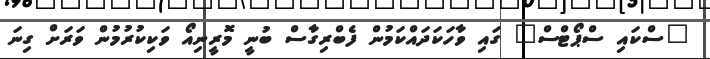
"ސްކައި ސްޕޯޓްސް" ގައި ވާހަކަދައްކަމުން ފެބްރިގާސް ބުނީ މޮރީނިއޯ ވަކިކުރުމުން ވަރަށް ގިނަ